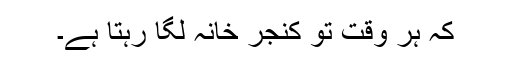
کہ ہر وقت تو کنجر خانہ لگا رہتا ہے۔